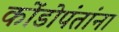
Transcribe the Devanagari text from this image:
कोंडोपंतांना